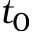
t _ { 0 }